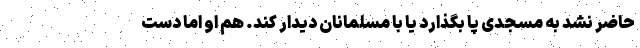
حاضر نشد به مسجدی پا بگذارد یا با مسلمانان دیدار کند. هم او اما دست